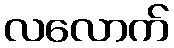
လလောက်